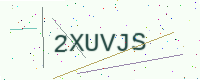
Text: 2XUVJS